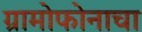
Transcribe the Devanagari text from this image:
ग्रामोफोनाचा